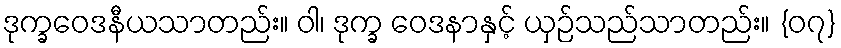
ဒုက္ခဝေဒနီယသာတည်း။ ဝါ၊ ဒုက္ခ ဝေဒနာနှင့် ယှဉ်သည်သာတည်း။ {၀၇}